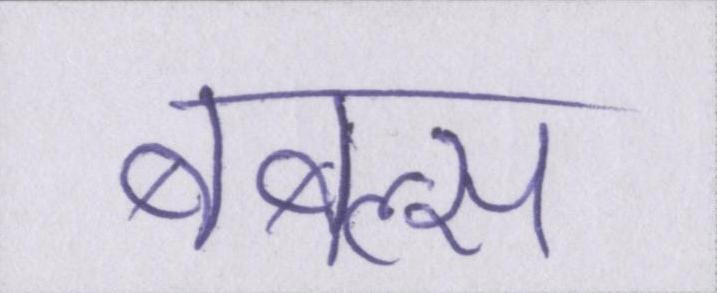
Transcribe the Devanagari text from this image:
बबल्स